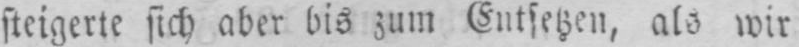
steigerte sich aber bis zum Entsetzen, als wir